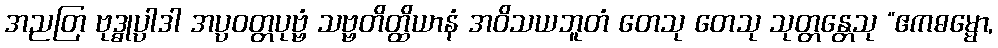
အညတြ ဗုဒ္ဓုပ္ပါဒါ အပ္ပဝတ္တပုဗ္ဗံ သဗ္ဗတိတ္ထိယာနံ အဝိသယဘူတံ တေသု တေသု သုတ္တန္တေသု “ဧကဓမ္မော,